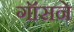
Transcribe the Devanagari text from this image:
गॉसने